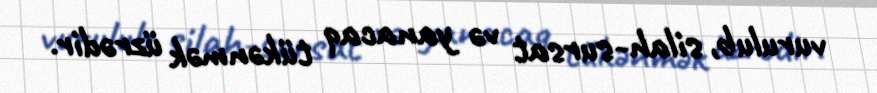
vurulub, silah-sursat və yanacaq tükənmək üzrədir.